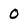
Character: 0